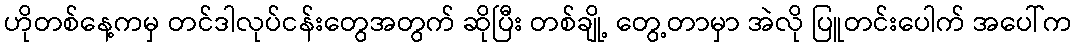
ဟိုတစ်နေ့ကမှ တင်ဒါလုပ်ငန်းတွေအတွက် ဆိုပြီး တစ်ချို့ တွေ့တာမှာ အဲလို ပြူတင်းပေါက် အပေါ်က